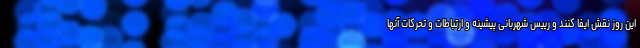
این روز نقش ایفا کنند و رییس شهربانی پیشینه و ارتباطات و تحرکات آنها